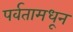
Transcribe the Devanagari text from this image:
पर्वतामधून